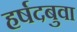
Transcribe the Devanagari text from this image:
हर्षदबुवा